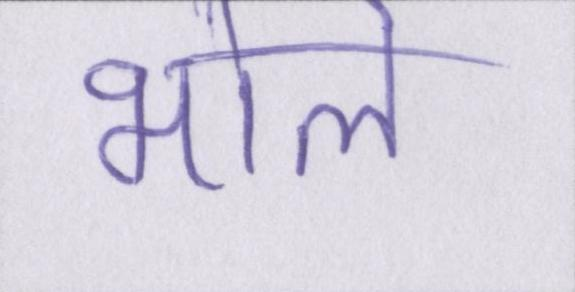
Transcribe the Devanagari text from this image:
भोले